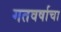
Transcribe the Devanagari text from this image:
गतवर्षाचा